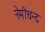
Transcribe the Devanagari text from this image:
नेमीचन्द